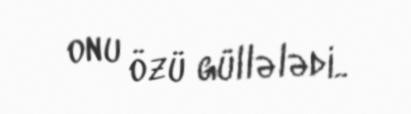
onu özü güllələdi..